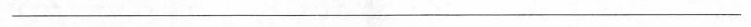
\underline